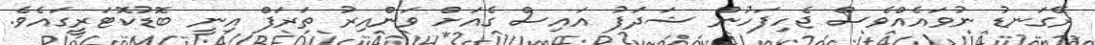
ރޭގަނޑު ނުވައެއްވެސް ޖެހިފަހުން ޝަދަފު އައިސް ގެއަށް ވަންއިރު ތަރަފް އިނީ ބޮޑުކޮޓަރީގައެވެ.